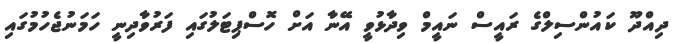
ދިއްދޫ ކައުންސިލްގެ ރައީސް ނައީމް ވިދާޅުވީ އޭނާ އަށް ހޮސްޕިޓަލުގައި ފަރުވާދިނީ ހަމަނުޖެހުމުގައި